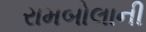
રામબોલાની